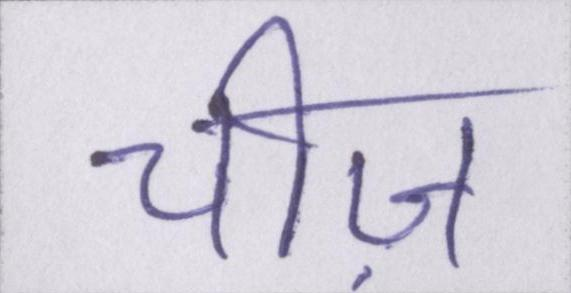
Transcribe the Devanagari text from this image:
चीज़